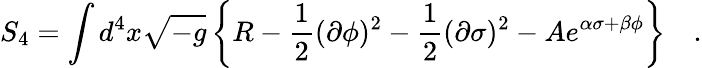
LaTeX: S_{4}=\int d^{4}x\sqrt{-g}\left\{ R-\frac{1}{2}(\partial\phi)^{2}-\frac{1}{2}(\partial\sigma)^{2}-Ae^{\alpha\sigma+\beta\phi}\right\} \quad.